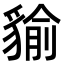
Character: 貐